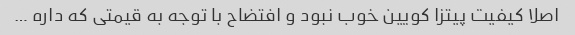
اصلا کیفیت پیتزا کویین خوب نبود و افتضاح با توجه به قیمتی که داره …